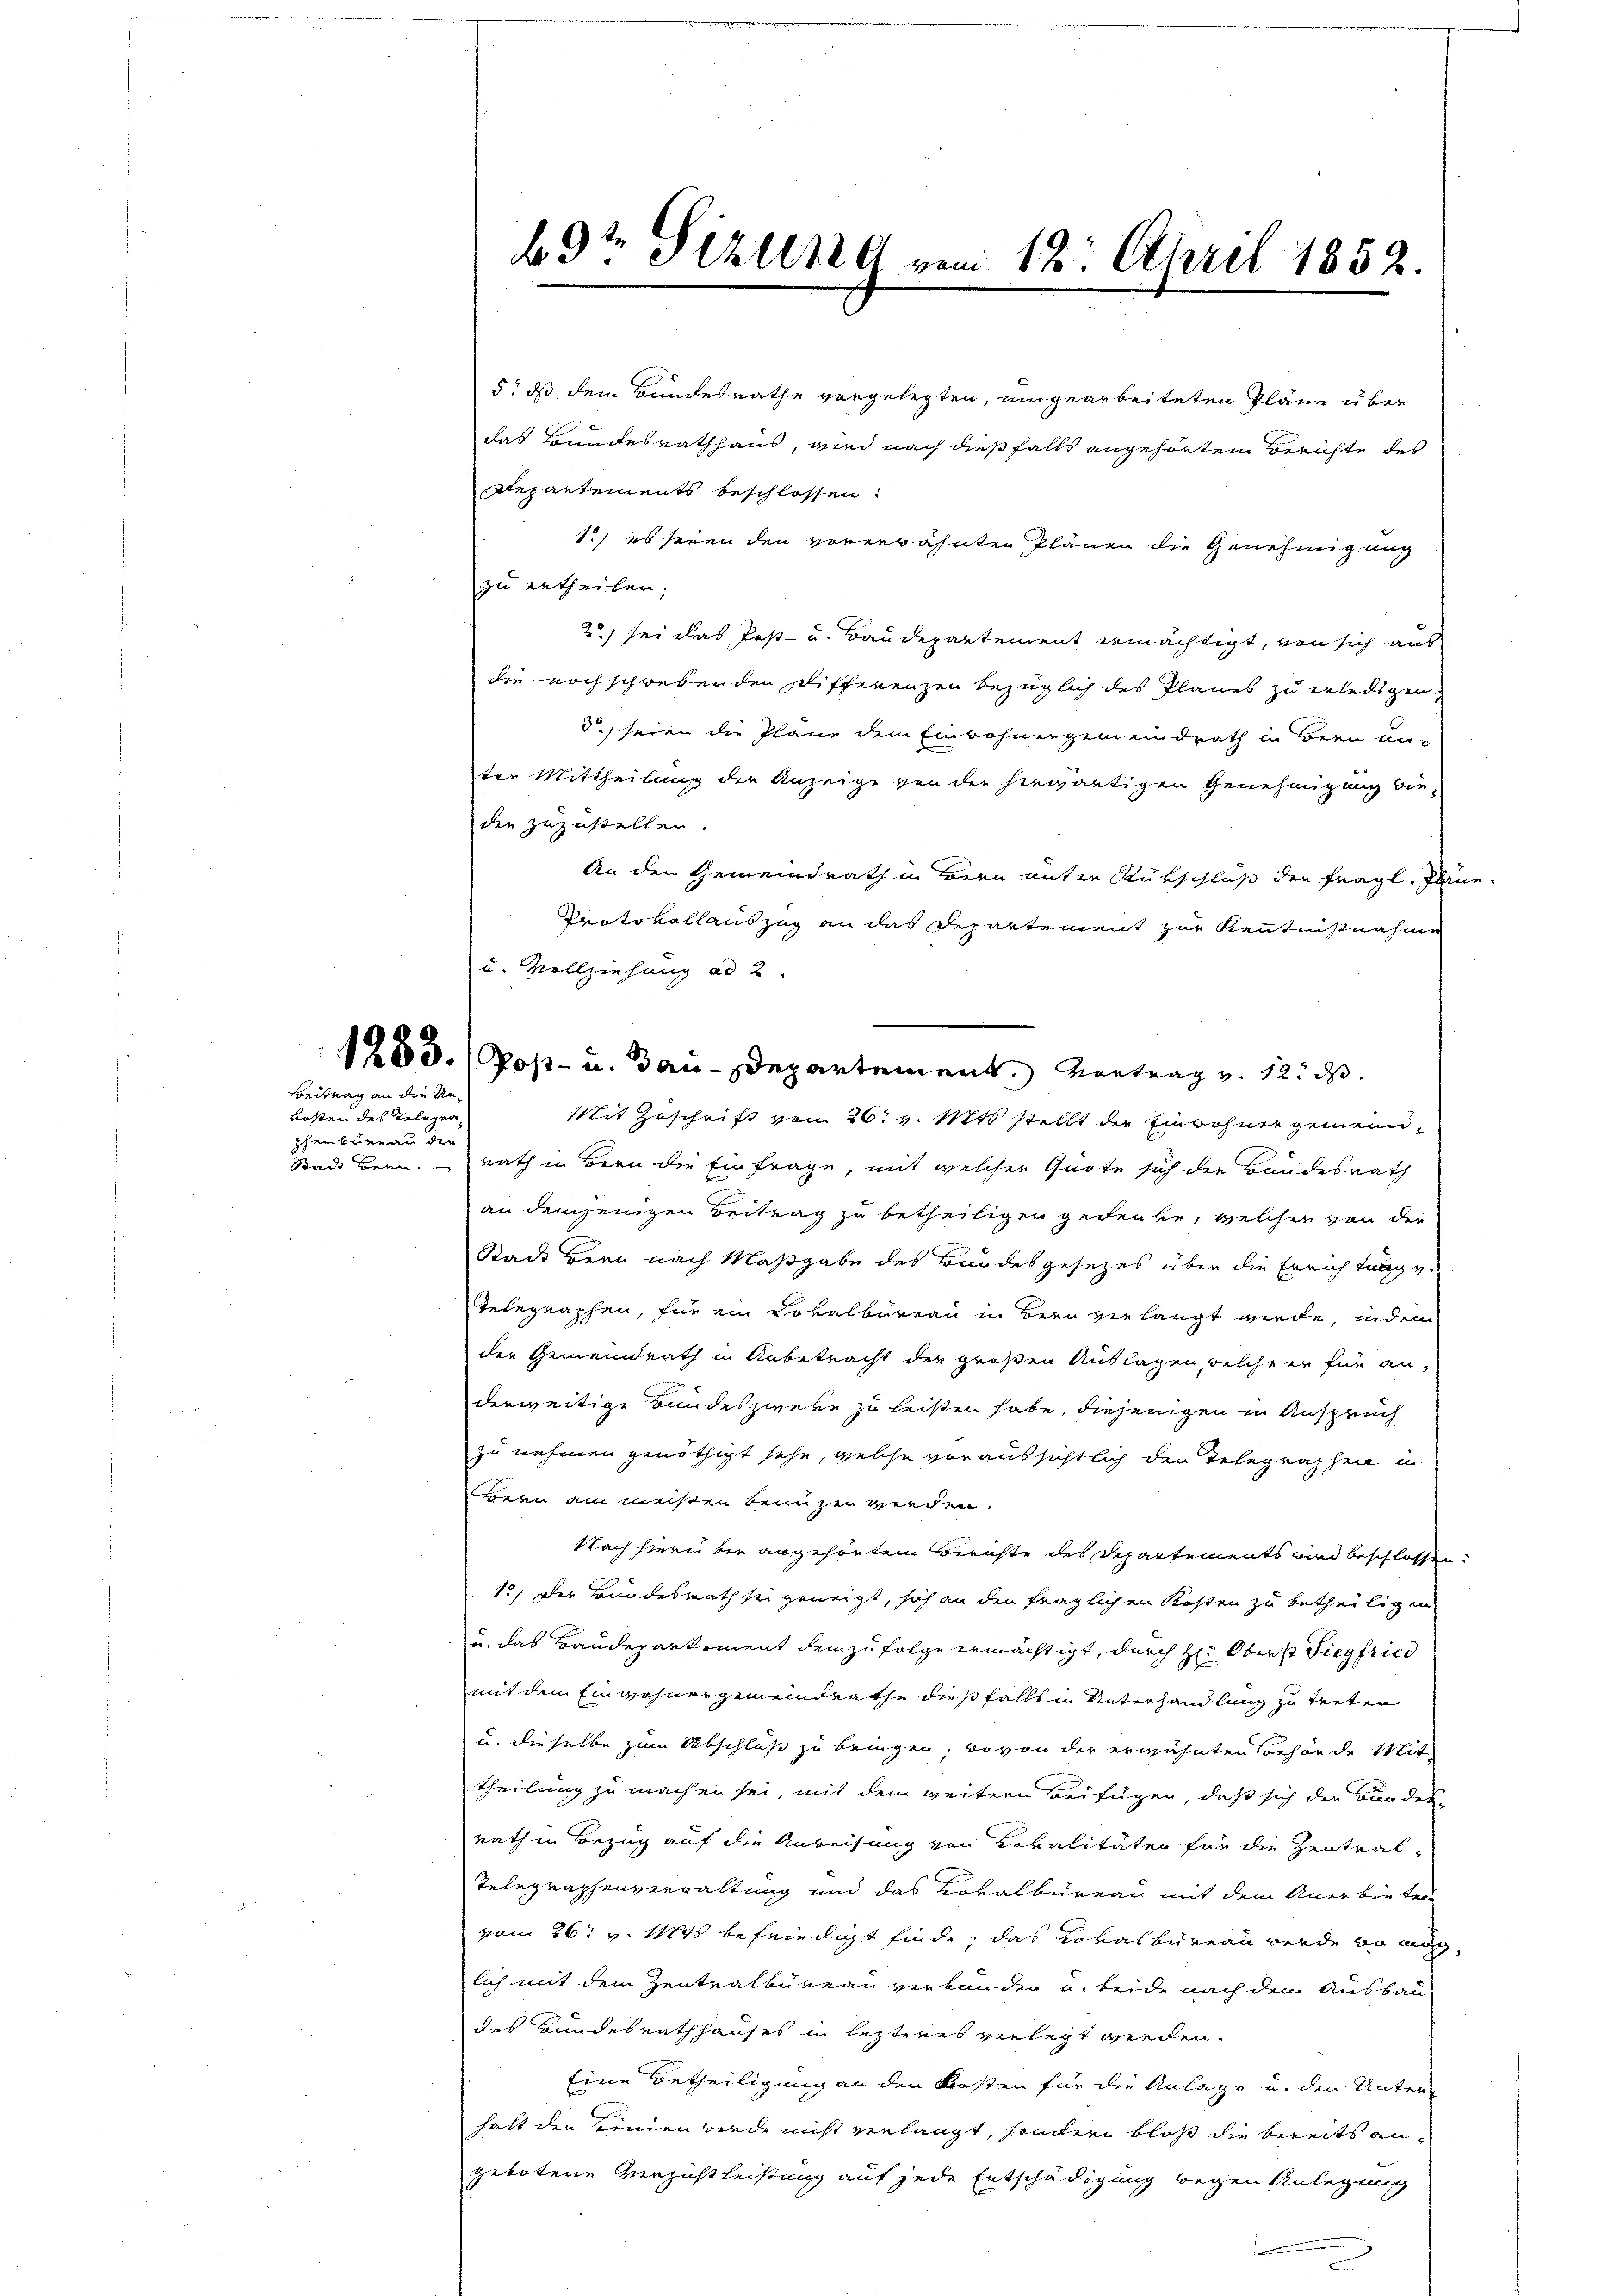
Beitrag an die Un¬

kosten des Telegen,
phenbureau den
Stadt Bern.

5t ds dem Bundesrathe vorgelegten, umgearbeiteten Pläne über
das Bundesrathhaus, wird nach dießfalls angehörten Berichte des
Departements beschlossen:
1.) es seien den vorerwähnten Plänen die Genehmigung
zu ertheilen;
2) sei das Post- u. Baudepartement ermächtigt, von sich aus
die noch schwebenden Differenzen bezüglich des Planes zu erledigen,
d.) seien die Plane dem Einwohnergemeindrath in Bern unter Mittheilung der Anzeige von der herwärtigen Genehmigung diedie zuzustellen.
An den Gemeindrath in Bern unter Rükschluß der fragl. Plane.
Protokollauszug an das Departement zur Kenntnißnahme
Mit Zuschrift von 26. v. Mts. stellt der Einwohner gemeindrath in Bern die Einfrage, mit welcher Quote sich die Bundesrath
an demjenigen Beitrag zu betheiligen gedenke, welcher von die
Stack Bern nach Maßgabe des Bundesgesezes über die Errichtung v.
Telegraphen, für ein Lokalbüreau in Bern verlangt werde, indem
der Gemeindrath in Anbetracht der großen Auslagen, welche er für an-
derweitige Bundes zweke zu leisten habe, diejenigen in Anspruch
zu nehmen genöthigt sehe, welche voraussichtlich den Telegraphen in
Bern am meisten beim zu werden.
Nach hierin bin angehörten Berichte des Departements wird beschlossen:
12. Der Bundesrath sei geneigt, sich an den fraglichen Kosten zu betheiligen
u. das Baudepartement demzufolge ermächtigt, durch H: Oberst Siegfried
mit dem Einwohnergemeindrathe dießfallt in Unterhandlung zu treten
u. dieselbe zum Abschluß zu bringen, bevon der erwähnten Behörde Mit
theilung zu machen sei, mit dem weitern Beifügen, daß sich der Bundes-
rath in Bezug auf die Anweisung von Lokalitäten für die Zentral-
Telegraphenverwaltung und das Kovalbüreau mit dem Anerbieten
vom 26t v. Mts befriedigt finde, das Lokalbüreau werde so möch
lich mit dem Zentralbureau verbunden u. beide nach dem Ausbau
des Bundesrathhauses in lezteres verlegt werden.
Eine Betheiligung an den Kosten für die Anlage u. den Unter-
halt den Linien werde nicht verlangt, sondern bloß die bereits angebotene Verzichtleistung auf jede Entschädigung wegen Anlegung

bdr Sitzung vom 12. April 1852.

u. Vollziehung ad 2.
1283. (Post- u. Bau-Departement. Vortrag v. 12. d.